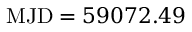
\mathrm { M J D } = 5 9 0 7 2 . 4 9